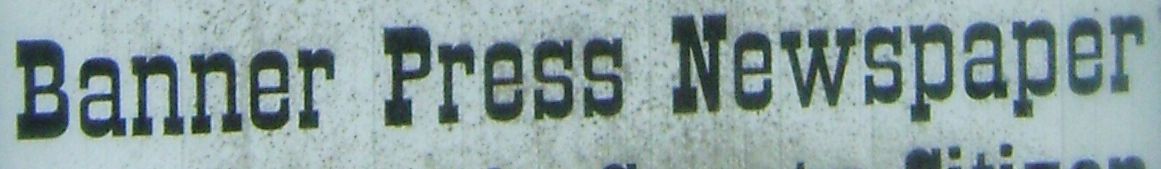
Banner Perss Newspaper